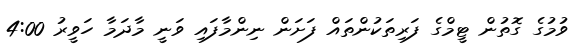
ވުމުގެ ގޮތުން ޓީމްގެ ފަރިތަކުންތައް ފަށަން ނިންމާފައި ވަނީ މާދަމާ ހަވީރު 4:00